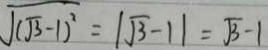
\sqrt { ( \sqrt { 3 } - 1 ) ^ { 2 } } = \vert \sqrt { 3 } - 1 \vert = \sqrt { 3 } - 1